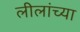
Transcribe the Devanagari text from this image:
लीलांच्या